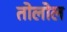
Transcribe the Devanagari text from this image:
तोलोल